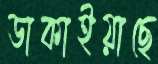
ডাকাইয়াছে